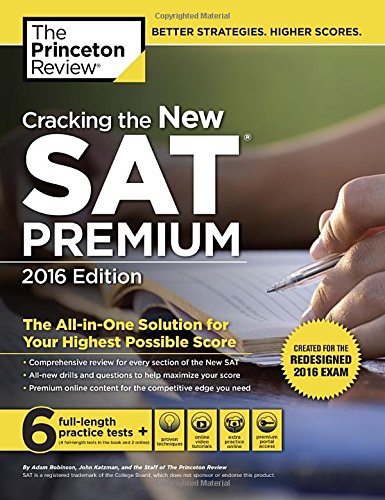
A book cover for Cracking the New SAT Premium Edition with 6 Practice Tests, 2016: Created for the Redesigned 2016 Exam (College Test Preparation); Princeton Review; Test Preparation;